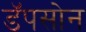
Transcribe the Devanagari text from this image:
डॅपसोन